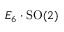
E _ { 6 } \cdot \mathrm { S O } ( 2 )